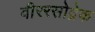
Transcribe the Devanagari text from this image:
वीररसोद्रेक